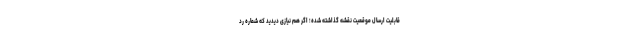
قابلیت ارسال موقعیت نقشه گذاشته شده؛ اگر هم نیازی دیدید که شماره رد